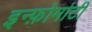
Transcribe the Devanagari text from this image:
इन्फ़ोर्माटी